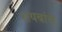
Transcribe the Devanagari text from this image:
रायबांचे